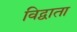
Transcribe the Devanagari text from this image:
विद्वाता